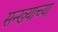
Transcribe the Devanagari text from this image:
सन्ख्याच्या